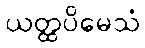
ယတ္ထပိမေသံ